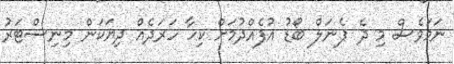
ނަމަވެސް މި ދެ ޕެނަލް ބޯޑު އުފެއްދުމަށް ކިހާ ހަރަދެއް ދިޔަކަން މިނިސްޓަރު